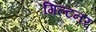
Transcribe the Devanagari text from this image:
गिल्टनर